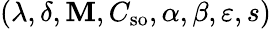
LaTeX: (\lambda,\delta,\mathbf{M},C_{\mathrm{{so}}},\alpha,\beta,\varepsilon,s)